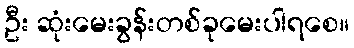
ဦး ဆုံးမေးခွန်းတစ်ခုမေးပါရစေ။